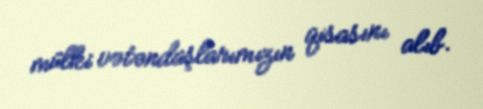
mülki vətəndaşlarımızın qisasını alıb.